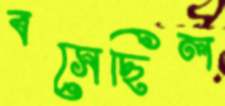
বসেছিল